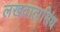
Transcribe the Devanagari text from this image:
लखदातासिंध